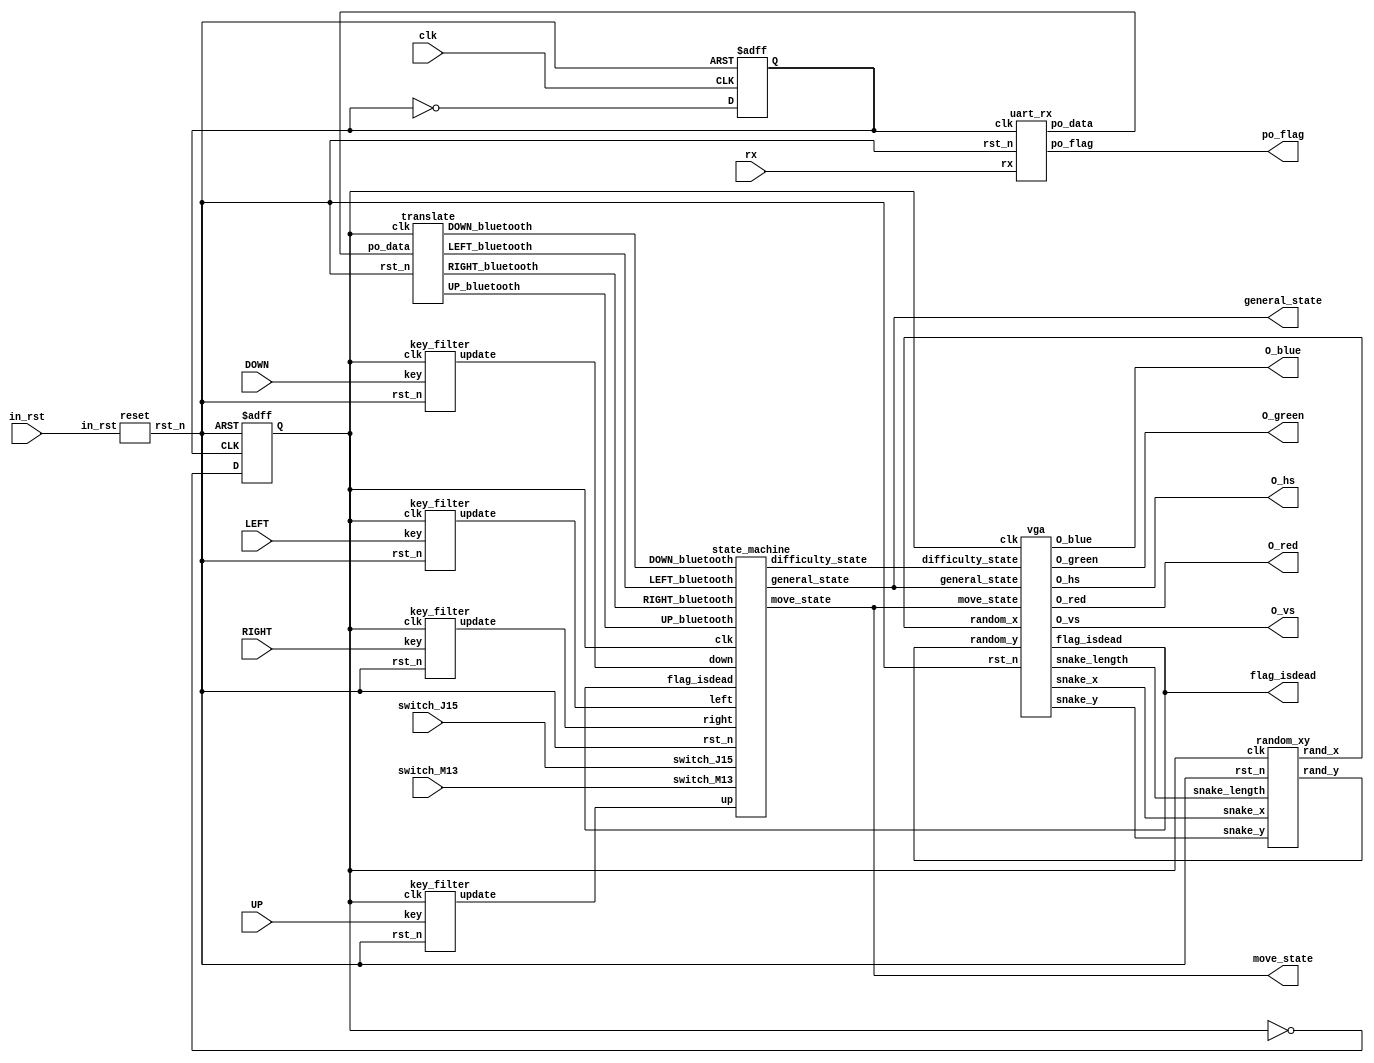
`timescale 1ns / 1ps
//////////////////////////////////////////////////////////////////////////////////
// Company: 
// Engineer: 
// 
// Design Name:  2054169
// Module Name: snake
// Project Name: 
// Target Devices: 
// Tool Versions: 
// Description: 
// 
// Dependencies: 
// 
// Revision:
// Revision 0.01 - File Created
// Additional Comments:
// 
//////////////////////////////////////////////////////////////////////////////////

module snake(
    input clk,
    input UP,
    input DOWN,
    input LEFT,
    input RIGHT,
    input in_rst,
    input switch_J15,
    input switch_M13,
    input rx,//
    output O_hs,
	output O_vs,
    output po_flag,//
    output [4:0] move_state,
    output [1:0] general_state,
    output flag_isdead,
    output [3:0] O_red,// VGA
    output [3:0] O_green,// VGA
    output [3:0] O_blue// VGA
);
reg clk_50M;
reg clk_25M;
parameter LENGTH_MAX = 20;
wire [1:0] difficulty_state;
wire rst_n;
wire UP_ns;
wire DOWN_ns;
wire LEFT_ns;
wire RIGHT_ns;
wire UP_bluetooth;//
wire DOWN_bluetooth;//
wire LEFT_bluetooth;//
wire RIGHT_bluetooth;//
wire [4:0] random_x;
wire [4:0] random_y;
wire [LENGTH_MAX * 10 - 1:0] snake_x;
wire [LENGTH_MAX * 10 - 1:0] snake_y;
wire [9:0] snake_length;
wire [7:0] po_data;//
//25M
always @(posedge clk or negedge rst_n)
begin
    if(!rst_n)
        clk_50M   <=  1'b0        ;
    else
        clk_50M   <=  ~clk_50M  ;     
end

always @(posedge clk_50M or negedge rst_n)
begin
    if(!rst_n)
        clk_25M   <=  1'b0        ;
    else
        clk_25M   <=  ~clk_25M  ;     
end

reset reset_inst(
    .in_rst(in_rst),
    .rst_n(rst_n)
);

key_filter key_filter_left(
    .clk(clk_25M),
    .rst_n(rst_n),
    .key(LEFT),
    .update(LEFT_ns)
);

key_filter key_filter_right(
    .clk(clk_25M),
    .rst_n(rst_n),
    .key(RIGHT),
    .update(RIGHT_ns)
);

key_filter key_filter_up(
    .clk(clk_25M),
    .rst_n(rst_n),
    .key(UP),
    .update(UP_ns)
);

key_filter key_filter_down(
    .clk(clk_25M),
    .rst_n(rst_n),
    .key(DOWN),
    .update(DOWN_ns)
);

state_machine state_machine_inst(
    .clk(clk_25M),
    .rst_n(rst_n),
    .up(UP_ns),
    .down(DOWN_ns),
    .right(RIGHT_ns),
    .left(LEFT_ns),
    .UP_bluetooth(UP_bluetooth),
    .DOWN_bluetooth(DOWN_bluetooth),
    .LEFT_bluetooth(LEFT_bluetooth),
    .RIGHT_bluetooth(RIGHT_bluetooth),
    .switch_J15(switch_J15),
    .switch_M13(switch_M13),
    .flag_isdead(flag_isdead),
    .general_state(general_state),
    .move_state(move_state),
    .difficulty_state(difficulty_state)
);

random_xy random_xy_inst(
    .clk(clk_25M),
    .rst_n(rst_n),
    .rand_x(random_x),
    .rand_y(random_y),
    .snake_x(snake_x),
    .snake_y(snake_y),
    .snake_length(snake_length)
);

vga vga_inst(
    .clk(clk_25M), 
    .rst_n(rst_n), 
    .general_state(general_state),
    .difficulty_state(difficulty_state),
    .move_state(move_state),
    .random_x(random_x),
    .random_y(random_y),
    .O_red(O_red),
    .O_green(O_green),
    .O_blue(O_blue),
    .flag_isdead(flag_isdead),
    .snake_x(snake_x),
    .snake_y(snake_y),
    .snake_length(snake_length),
    .O_hs(O_hs),
    .O_vs(O_vs)
);

uart_rx uart_rx_inst(
    .clk(clk_50M),
    .rst_n(rst_n), //
    .rx(rx),//
    .po_flag(po_flag),//
    .po_data(po_data)//
);

translate translate_inst(
    .clk(clk_25M),
    .rst_n(rst_n),
    .po_data(po_data),
    .UP_bluetooth(UP_bluetooth),
    .DOWN_bluetooth(DOWN_bluetooth),
    .LEFT_bluetooth(LEFT_bluetooth),
    .RIGHT_bluetooth(RIGHT_bluetooth)
);

endmodule

module reset(
    input in_rst,
    output rst_n
);
assign rst_n = (in_rst == 1)?1'b0:1'b1;
endmodule

module state_machine(
    input clk,
    input rst_n,
    input up,
    input down,
    input right,
    input left,
    input UP_bluetooth,
    input DOWN_bluetooth,
    input LEFT_bluetooth,
    input RIGHT_bluetooth, 
    input switch_J15,
    input switch_M13,
    input flag_isdead,
    output reg [1:0] general_state,
    output reg [1:0] difficulty_state,
    output reg [4:0] move_state
);
//??
parameter hard = 2'b00;//1-?
parameter mid = 2'b01;//2-
parameter easy = 2'b10;//3-?

//
parameter start = 2'b00;//
parameter diff_menu = 2'b01;//
parameter game_start = 2'b10;//
parameter gaming = 2'b11;//

//?

parameter stop = 5'b00001;//
parameter face_up = 5'b00010;//
parameter face_down = 5'b00100;//
parameter face_left = 5'b01000;//
parameter face_right = 5'b10000;//

//
always@(posedge clk or negedge rst_n)
begin
    if (!rst_n) begin
        general_state <= start;
    end
    else begin
        case (general_state) 
        start: 
        if (up == 1'b0 && down == 1'b1 && left == 1'b0 && right == 1'b0) begin
            general_state <= diff_menu;
        end
        else if (switch_J15 == 1'b1) begin
            general_state <= game_start;
        end
        else begin
            general_state <= start;
        end

        diff_menu:
        if (up == 1'b1 && down == 1'b0 && left == 1'b0 && right == 1'b0) begin
            general_state <= start;
        end
        else begin
            general_state <= general_state;
        end

        game_start:
        if (up == 1'b0 && down == 1'b0 && left == 1'b0 && right == 1'b1) begin
            //move_state <= face_right;
            general_state <= gaming;
        end
        else begin
            general_state <= game_start;
        end

        gaming:
        if (switch_M13 == 1'b1) begin
            general_state <= game_start;
        end
        else begin
            general_state <= gaming;
        end

        default: general_state <= start;
        endcase
    end
end

//?
always@(posedge clk or negedge rst_n)
begin
    if(!rst_n) begin
        difficulty_state <= easy;
    end
    else if(general_state == diff_menu) begin
        case (difficulty_state)
        easy: 
        if (up == 1'b0 && down == 1'b0 && left == 1'b0 && right == 1'b1) begin
            difficulty_state <= mid;
        end
        else begin
            difficulty_state <= easy;
        end
        
        mid:
        if (up == 1'b0 && down == 1'b0 && left == 1'b1 && right == 1'b0) begin
            difficulty_state <= easy;
        end
        else if(up == 1'b0 && down == 1'b0 && left == 1'b0 && right == 1'b1) begin
            difficulty_state <= hard;
        end
        else begin
            difficulty_state <= mid;
        end

        hard:
        if (up == 1'b0 && down == 1'b0 && left == 1'b1 && right == 1'b0) begin
            difficulty_state <= mid;
        end
        else begin
            difficulty_state <= hard;
        end
        endcase
    end
end

//
always@(posedge clk or negedge rst_n)
begin
    if(!rst_n)
    begin
        move_state<=stop;
    end

    else if(general_state==game_start)
    begin
        move_state<=stop;
    end

    else if(flag_isdead == 1)
    begin
        move_state<=stop;
    end

    else if(general_state==gaming)
    begin
        case(move_state)
	    stop:
        if(RIGHT_bluetooth == 1'b1 && LEFT_bluetooth == 1'b0 && DOWN_bluetooth == 1'b0 && UP_bluetooth == 1'b0)
			move_state <= face_right;
		else if(RIGHT_bluetooth == 1'b0 && LEFT_bluetooth == 1'b1 && DOWN_bluetooth == 1'b0 && UP_bluetooth == 1'b0)
			move_state <= stop;
		else if(RIGHT_bluetooth == 1'b0 && LEFT_bluetooth == 1'b0 && DOWN_bluetooth == 1'b1 && UP_bluetooth == 1'b0)
			move_state <= face_down;
		else if(RIGHT_bluetooth == 1'b0 && LEFT_bluetooth == 1'b0 && DOWN_bluetooth == 1'b0 && UP_bluetooth == 1'b1)
			move_state <= face_up;
        else if(RIGHT_bluetooth == 1'b0 && LEFT_bluetooth == 1'b0 && DOWN_bluetooth == 1'b0 && UP_bluetooth == 1'b0)
            move_state <= stop;
        else 
            move_state <= stop;

	    face_left:
        if(RIGHT_bluetooth == 1'b1 && LEFT_bluetooth == 1'b0 && DOWN_bluetooth == 1'b0 && UP_bluetooth == 1'b0)
			move_state <= face_left;
		else if(RIGHT_bluetooth == 1'b0 && LEFT_bluetooth == 1'b1 && DOWN_bluetooth == 1'b0 && UP_bluetooth == 1'b0)
			move_state <= face_left;
		else if(RIGHT_bluetooth == 1'b0 && LEFT_bluetooth == 1'b0 && DOWN_bluetooth == 1'b1 && UP_bluetooth == 1'b0)
			move_state <= face_down;
		else if(RIGHT_bluetooth == 1'b0 && LEFT_bluetooth == 1'b0 && DOWN_bluetooth == 1'b0 && UP_bluetooth == 1'b1)
			move_state <= face_up;
        else if(RIGHT_bluetooth == 1'b0 && LEFT_bluetooth == 1'b0 && DOWN_bluetooth == 1'b0 && UP_bluetooth == 1'b0)
            move_state <= face_left;
        else 
            move_state <= face_left;

	    face_right:
        if(RIGHT_bluetooth == 1'b1 && LEFT_bluetooth == 1'b0 && DOWN_bluetooth == 1'b0 && UP_bluetooth == 1'b0)
			move_state <= face_right;
		else if(RIGHT_bluetooth == 1'b0 && LEFT_bluetooth == 1'b1 && DOWN_bluetooth == 1'b0 && UP_bluetooth == 1'b0)
			move_state <= face_right;
		else if(RIGHT_bluetooth == 1'b0 && LEFT_bluetooth == 1'b0 && DOWN_bluetooth == 1'b1 && UP_bluetooth == 1'b0)
			move_state <= face_down;
		else if(RIGHT_bluetooth == 1'b0 && LEFT_bluetooth == 1'b0 && DOWN_bluetooth == 1'b0 && UP_bluetooth == 1'b1)
			move_state <= face_up;
        else if(RIGHT_bluetooth == 1'b0 && LEFT_bluetooth == 1'b0 && DOWN_bluetooth == 1'b0 && UP_bluetooth == 1'b0)
            move_state <= face_right;
        else 
            move_state <= face_right;

	    face_up:
        if(RIGHT_bluetooth == 1'b1 && LEFT_bluetooth == 1'b0 && DOWN_bluetooth == 1'b0 && UP_bluetooth == 1'b0)
			move_state <= face_right;
		else if(RIGHT_bluetooth == 1'b0 && LEFT_bluetooth == 1'b1 && DOWN_bluetooth == 1'b0 && UP_bluetooth == 1'b0)
			move_state <= face_left;
		else if(RIGHT_bluetooth == 1'b0 && LEFT_bluetooth == 1'b0 && DOWN_bluetooth == 1'b1 && UP_bluetooth == 1'b0)
			move_state <= face_up;
		else if(RIGHT_bluetooth == 1'b0 && LEFT_bluetooth == 1'b0 && DOWN_bluetooth == 1'b0 && UP_bluetooth == 1'b1)
			move_state <= face_up;
        else if(RIGHT_bluetooth == 1'b0 && LEFT_bluetooth == 1'b0 && DOWN_bluetooth == 1'b0 && UP_bluetooth == 1'b0)
            move_state <= face_up;
        else 
            move_state <= face_up;

	    face_down:
        if(RIGHT_bluetooth == 1'b1 && LEFT_bluetooth == 1'b0 && DOWN_bluetooth == 1'b0 && UP_bluetooth == 1'b0)
			move_state <= face_right;
		else if(RIGHT_bluetooth == 1'b0 && LEFT_bluetooth == 1'b1 && DOWN_bluetooth == 1'b0 && UP_bluetooth == 1'b0)
			move_state <= face_left;
		else if(RIGHT_bluetooth == 1'b0 && LEFT_bluetooth == 1'b0 && DOWN_bluetooth == 1'b1 && UP_bluetooth == 1'b0)
			move_state <= face_down;
		else if(RIGHT_bluetooth == 1'b0 && LEFT_bluetooth == 1'b0 && DOWN_bluetooth == 1'b0 && UP_bluetooth == 1'b1)
			move_state <= face_down;
        else if(RIGHT_bluetooth == 1'b0 && LEFT_bluetooth == 1'b0 && DOWN_bluetooth == 1'b0 && UP_bluetooth == 1'b0)
            move_state <= face_down;
        else 
            move_state <= face_down;

	    default:
            move_state <= stop;

	    endcase
    end
	
end

endmodule

module vga
(
    input clk   , // 100MHz
    input rst_n , // 
    input [1:0] general_state,
    input [1:0] difficulty_state,
    input [4:0] move_state,
    input [4:0] random_x,
    input [4:0] random_y,
    output reg [3:0] O_red,// VGA
    output reg [3:0] O_green,// VGA
    output reg [3:0] O_blue,// VGA
    output reg [199:0] snake_x,
    output reg [199:0] snake_y,
    output reg [9:0] snake_length,
    output O_hs,// VGA?
    output reg flag_isdead,
    output O_vs// VGA?
);
parameter start = 2'b00;//??
parameter diff_menu = 2'b01;//
parameter game_start = 2'b10;//??
parameter gaming = 2'b11;//?

parameter hard = 2'b00;//1-?
parameter mid = 2'b01;//2-
parameter easy = 2'b10;//3-?

parameter length_init = 3;//3
parameter headx_init = 340;//x
parameter heady_init = 240;//y

parameter stop = 5'b00001;//
parameter face_up = 5'b00010;//
parameter face_down = 5'b00100;//
parameter face_left = 5'b01000;//
parameter face_right = 5'b10000;//

parameter square_length = 20;
parameter square_width = 24;

reg [29:0] stay_cnt;//
reg [29:0] interval;//
//reg [9:0] snake_x [19:0];//
//reg [9:0] snake_y [19:0];//
//reg [9:0] snake_length;//

reg[9:0] food_x;//
reg[8:0] food_y;//
reg flag_food;//
wire issnake;//
wire issnake_green;//
wire issnake_blue;//
wire issnake_pink;//
wire isfood;//
wire h_issnake;
wire v_issnake;
wire h_isfood;
wire v_isfood;
wire flag_printnew;//
//reg flag_isdead;//

// 640*480
parameter   C_H_SYNC_PULSE      =   96  , 
            C_H_BACK_PORCH      =   48  ,
            C_H_ACTIVE_TIME     =   640 ,
            C_H_FRONT_PORCH     =   16  ,
            C_H_LINE_PERIOD     =   800 ;

// 640*480               
parameter   C_V_SYNC_PULSE      =   2   , 
            C_V_BACK_PORCH      =   33  ,
            C_V_ACTIVE_TIME     =   480 ,
            C_V_FRONT_PORCH     =   10  ,
            C_V_FRAME_PERIOD    =   525 ;

parameter   h_before = C_H_SYNC_PULSE + C_H_BACK_PORCH;
parameter   h_after = C_H_LINE_PERIOD - C_H_FRONT_PORCH;
parameter   v_before = C_V_SYNC_PULSE + C_V_BACK_PORCH;
parameter   v_after = C_V_FRAME_PERIOD - C_V_FRONT_PORCH;

                
reg [11:0]      R_h_cnt         ; // 
reg [11:0]      R_v_cnt         ; // 
wire            W_active_flag   ; // ?1RGB?

//////////////////////////////////////////////////////////////////
always @(posedge clk or negedge rst_n)
begin
    if(!rst_n)
        R_h_cnt <=  12'd0   ;
    else if(R_h_cnt == C_H_LINE_PERIOD - 1'b1)
        R_h_cnt <=  12'd0   ;
    else
        R_h_cnt <=  R_h_cnt + 1'b1  ;                
end                

assign O_hs =   (R_h_cnt < C_H_SYNC_PULSE) ? 1'b0 : 1'b1    ; 
//////////////////////////////////////////////////////////////////

//////////////////////////////////////////////////////////////////
always @(posedge clk or negedge rst_n)
begin
    if(!rst_n)
        R_v_cnt <=  12'd0   ;
    else if(R_v_cnt == C_V_FRAME_PERIOD - 1'b1)
        R_v_cnt <=  12'd0   ;
    else if(R_h_cnt == C_H_LINE_PERIOD - 1'b1)
        R_v_cnt <=  R_v_cnt + 1'b1  ;
    else
        R_v_cnt <=  R_v_cnt ;                        
end                

assign O_vs =   (R_v_cnt < C_V_SYNC_PULSE) ? 1'b0 : 1'b1    ; 
//////////////////////////////////////////////////////////////////  

assign W_active_flag =  (R_h_cnt >= h_before)  &&
                        (R_h_cnt < h_after)  && 
                        (R_v_cnt >= v_before)  &&
                        (R_v_cnt < v_after);

assign h_issnake = 
    //!flag_isdead &&
    (R_h_cnt >= h_before + snake_x[9:0] && R_h_cnt < h_before + snake_x[9:0] + square_length) ||
    (R_h_cnt >= h_before + snake_x[19:10] && R_h_cnt < h_before + snake_x[19:10] + square_length) ||
    (R_h_cnt >= h_before + snake_x[29:20] && R_h_cnt < h_before + snake_x[29:20] + square_length) ||
    (R_h_cnt >= h_before + snake_x[39:30] && R_h_cnt < h_before + snake_x[39:30] + square_length && snake_length >= 4) ||
    (R_h_cnt >= h_before + snake_x[49:40] && R_h_cnt < h_before + snake_x[49:40] + square_length && snake_length >= 5) ||
    (R_h_cnt >= h_before + snake_x[59:50] && R_h_cnt < h_before + snake_x[59:50] + square_length && snake_length >= 6) ||
    (R_h_cnt >= h_before + snake_x[69:60] && R_h_cnt < h_before + snake_x[69:60] + square_length && snake_length >= 7) ||
    (R_h_cnt >= h_before + snake_x[79:70] && R_h_cnt < h_before + snake_x[79:70] + square_length && snake_length >= 8) ||
    (R_h_cnt >= h_before + snake_x[89:80] && R_h_cnt < h_before + snake_x[89:80] + square_length && snake_length >= 9) ||
    (R_h_cnt >= h_before + snake_x[99:90] && R_h_cnt < h_before + snake_x[99:90] + square_length && snake_length >= 10) ||
    (R_h_cnt >= h_before + snake_x[109:100] && R_h_cnt < h_before + snake_x[109:100] + square_length && snake_length >= 11) ||
    (R_h_cnt >= h_before + snake_x[119:110] && R_h_cnt < h_before + snake_x[119:110] + square_length && snake_length >= 12) ||
    (R_h_cnt >= h_before + snake_x[129:120] && R_h_cnt < h_before + snake_x[129:120] + square_length && snake_length >= 13) || 
    (R_h_cnt >= h_before + snake_x[139:130] && R_h_cnt < h_before + snake_x[139:130] + square_length && snake_length >= 14) || 
    (R_h_cnt >= h_before + snake_x[149:140] && R_h_cnt < h_before + snake_x[149:140] + square_length && snake_length >= 15) || 
    (R_h_cnt >= h_before + snake_x[159:150] && R_h_cnt < h_before + snake_x[159:150] + square_length && snake_length >= 16) || 
    (R_h_cnt >= h_before + snake_x[169:160] && R_h_cnt < h_before + snake_x[169:160] + square_length && snake_length >= 17) || 
    (R_h_cnt >= h_before + snake_x[179:170] && R_h_cnt < h_before + snake_x[179:170] + square_length && snake_length >= 18) || 
    (R_h_cnt >= h_before + snake_x[189:180] && R_h_cnt < h_before + snake_x[189:180] + square_length && snake_length >= 19) || 
    (R_h_cnt >= h_before + snake_x[199:190] && R_h_cnt < h_before + snake_x[199:190] + square_length && snake_length == 20);

assign v_issnake = 
    //!flag_isdead &&
    (R_v_cnt >= v_before + snake_y[9:0] && R_v_cnt < v_before + snake_y[9:0] + square_width) ||
    (R_v_cnt >= v_before + snake_y[19:10] && R_v_cnt < v_before + snake_y[19:10] + square_width) ||
    (R_v_cnt >= v_before + snake_y[29:20] && R_v_cnt < v_before + snake_y[29:20] + square_width) ||
    (R_v_cnt >= v_before + snake_y[39:30] && R_v_cnt < v_before + snake_y[39:30] + square_width && snake_length >= 4) ||
    (R_v_cnt >= v_before + snake_y[49:40] && R_v_cnt < v_before + snake_y[49:40] + square_width && snake_length >= 5) ||
    (R_v_cnt >= v_before + snake_y[59:50] && R_v_cnt < v_before + snake_y[59:50] + square_width && snake_length >= 6) ||
    (R_v_cnt >= v_before + snake_y[69:60] && R_v_cnt < v_before + snake_y[69:60] + square_width && snake_length >= 7) ||
    (R_v_cnt >= v_before + snake_y[79:70] && R_v_cnt < v_before + snake_y[79:70] + square_width && snake_length >= 8) ||
    (R_v_cnt >= v_before + snake_y[89:80] && R_v_cnt < v_before + snake_y[89:80] + square_width && snake_length >= 9) ||
    (R_v_cnt >= v_before + snake_y[99:90] && R_v_cnt < v_before + snake_y[99:90] + square_width && snake_length >= 10) ||
    (R_v_cnt >= v_before + snake_y[109:100] && R_v_cnt < v_before + snake_y[109:100] + square_width && snake_length >= 11) ||
    (R_v_cnt >= v_before + snake_y[119:110] && R_v_cnt < v_before + snake_y[119:110] + square_width && snake_length >= 12) ||
    (R_v_cnt >= v_before + snake_y[129:120] && R_v_cnt < v_before + snake_y[129:120] + square_width && snake_length >= 13) || 
    (R_v_cnt >= v_before + snake_y[139:130] && R_v_cnt < v_before + snake_y[139:130] + square_width && snake_length >= 14) || 
    (R_v_cnt >= v_before + snake_y[149:140] && R_v_cnt < v_before + snake_y[149:140] + square_width && snake_length >= 15) || 
    (R_v_cnt >= v_before + snake_y[159:150] && R_v_cnt < v_before + snake_y[159:150] + square_width && snake_length >= 16) || 
    (R_v_cnt >= v_before + snake_y[169:160] && R_v_cnt < v_before + snake_y[169:160] + square_width && snake_length >= 17) || 
    (R_v_cnt >= v_before + snake_y[179:170] && R_v_cnt < v_before + snake_y[179:170] + square_width && snake_length >= 18) || 
    (R_v_cnt >= v_before + snake_y[189:180] && R_v_cnt < v_before + snake_y[189:180] + square_width && snake_length >= 19) || 
    (R_v_cnt >= v_before + snake_y[199:190] && R_v_cnt < v_before + snake_y[199:190] + square_width && snake_length == 20);

assign issnake = h_issnake && v_issnake;

assign issnake_green = (
 ((R_v_cnt >= v_before + snake_y[9:0] && R_v_cnt < v_before + snake_y[9:0] + square_width)
&&(R_h_cnt >= h_before + snake_x[9:0] && R_h_cnt < h_before + snake_x[9:0] + square_length)) ||
 ((R_v_cnt >= v_before + snake_y[39:30] && R_v_cnt < v_before + snake_y[39:30] + square_width)
&&(R_h_cnt >= h_before + snake_x[39:30] && R_h_cnt < h_before + snake_x[39:30] + square_length)) ||
 ((R_v_cnt >= v_before + snake_y[69:60] && R_v_cnt < v_before + snake_y[69:60] + square_width)
&&(R_h_cnt >= h_before + snake_x[69:60] && R_h_cnt < h_before + snake_x[69:60] + square_length)) ||
 ((R_v_cnt >= v_before + snake_y[99:90] && R_v_cnt < v_before + snake_y[99:90] + square_width)
&&(R_h_cnt >= h_before + snake_x[99:90] && R_h_cnt < h_before + snake_x[99:90] + square_length)) ||
 ((R_v_cnt >= v_before + snake_y[129:120] && R_v_cnt < v_before + snake_y[129:120] + square_width)
&&(R_h_cnt >= h_before + snake_x[129:120] && R_h_cnt < h_before + snake_x[129:120] + square_length)) ||
 ((R_v_cnt >= v_before + snake_y[159:150] && R_v_cnt < v_before + snake_y[159:150] + square_width)
&&(R_h_cnt >= h_before + snake_x[159:150] && R_h_cnt < h_before + snake_x[159:150] + square_length)) ||
 ((R_v_cnt >= v_before + snake_y[189:180] && R_v_cnt < v_before + snake_y[189:180] + square_width)
&&(R_h_cnt >= h_before + snake_x[189:180] && R_h_cnt < h_before + snake_x[189:180] + square_length))
);
assign issnake_blue = (
 ((R_v_cnt >= v_before + snake_y[19:10] && R_v_cnt < v_before + snake_y[19:10] + square_width)
&&(R_h_cnt >= h_before + snake_x[19:10] && R_h_cnt < h_before + snake_x[19:10] + square_length)) ||
 ((R_v_cnt >= v_before + snake_y[49:40] && R_v_cnt < v_before + snake_y[49:40] + square_width)
&&(R_h_cnt >= h_before + snake_x[49:40] && R_h_cnt < h_before + snake_x[49:40] + square_length)) ||
 ((R_v_cnt >= v_before + snake_y[79:70] && R_v_cnt < v_before + snake_y[79:70] + square_width)
&&(R_h_cnt >= h_before + snake_x[79:70] && R_h_cnt < h_before + snake_x[79:70] + square_length)) ||
 ((R_v_cnt >= v_before + snake_y[109:100] && R_v_cnt < v_before + snake_y[109:100] + square_width)
&&(R_h_cnt >= h_before + snake_x[109:100] && R_h_cnt < h_before + snake_x[109:100] + square_length)) ||
 ((R_v_cnt >= v_before + snake_y[139:130] && R_v_cnt < v_before + snake_y[139:130] + square_width)
&&(R_h_cnt >= h_before + snake_x[139:130] && R_h_cnt < h_before + snake_x[139:130] + square_length)) ||
 ((R_v_cnt >= v_before + snake_y[169:160] && R_v_cnt < v_before + snake_y[169:160] + square_width)
&&(R_h_cnt >= h_before + snake_x[169:160] && R_h_cnt < h_before + snake_x[169:160] + square_length)) ||
 ((R_v_cnt >= v_before + snake_y[199:190] && R_v_cnt < v_before + snake_y[199:190] + square_width)
&&(R_h_cnt >= h_before + snake_x[199:190] && R_h_cnt < h_before + snake_x[199:190] + square_length))
);
assign issnake_pink = (
 ((R_v_cnt >= v_before + snake_y[29:20] && R_v_cnt < v_before + snake_y[29:20] + square_width)
&&(R_h_cnt >= h_before + snake_x[29:20] && R_h_cnt < h_before + snake_x[29:20] + square_length)) ||
 ((R_v_cnt >= v_before + snake_y[59:50] && R_v_cnt < v_before + snake_y[59:50] + square_width)
&&(R_h_cnt >= h_before + snake_x[59:50] && R_h_cnt < h_before + snake_x[59:50] + square_length)) ||
 ((R_v_cnt >= v_before + snake_y[89:80] && R_v_cnt < v_before + snake_y[89:80] + square_width)
&&(R_h_cnt >= h_before + snake_x[89:80] && R_h_cnt < h_before + snake_x[89:80] + square_length)) ||
 ((R_v_cnt >= v_before + snake_y[119:110] && R_v_cnt < v_before + snake_y[119:110] + square_width)
&&(R_h_cnt >= h_before + snake_x[119:110] && R_h_cnt < h_before + snake_x[119:110] + square_length)) ||
 ((R_v_cnt >= v_before + snake_y[149:140] && R_v_cnt < v_before + snake_y[149:140] + square_width)
&&(R_h_cnt >= h_before + snake_x[149:140] && R_h_cnt < h_before + snake_x[149:140] + square_length)) ||
 ((R_v_cnt >= v_before + snake_y[179:170] && R_v_cnt < v_before + snake_y[179:170] + square_width)
&&(R_h_cnt >= h_before + snake_x[179:170] && R_h_cnt < h_before + snake_x[179:170] + square_length))
);


assign h_isfood = (R_h_cnt >= h_before + food_x) && (R_h_cnt < h_before + food_x + square_length);
assign v_isfood = (R_v_cnt >= v_before + food_y) && (R_v_cnt < v_before + food_y + square_width);
assign isfood = h_isfood && v_isfood;

always @(posedge clk or negedge rst_n)
begin
    if(!rst_n) 
    begin  
        O_red   <=  4'b0000;
        O_green <=  4'b0000;
        O_blue  <=  4'b0000; 
    end
    else if(W_active_flag)
    begin
        case (general_state) 
        start:
        begin
            O_red   <=  4'b0000;
            O_green <=  4'b0000;
            O_blue  <=  4'b0000; 
        end

        diff_menu:
        begin
            case (difficulty_state) 
            easy:
            begin
            if (R_v_cnt >= v_before + 220 && R_v_cnt < v_before + 260) 
            begin
                if (R_h_cnt >= h_before + 220 && R_h_cnt < h_before + 260) 
                begin
                    O_red   <=  4'b0000;
                    O_green <=  4'b0000;
                    O_blue  <=  4'b0000; 
                end//end of if11
                else if(R_h_cnt >= h_before + 300 && R_h_cnt < h_before + 340
                     || R_h_cnt >= h_before + 380 && R_h_cnt < h_before + 420) 
                begin
                    O_red   <=  4'b0000;
                    O_green <=  4'b0000;
                    O_blue  <=  4'b1111;
                end//end of else if11
                else begin
                    O_red   <=  4'b1111;
                    O_green <=  4'b1111;
                    O_blue  <=  4'b1111; 
                end//end of else1
            end//end of if21
            else
            begin
                O_red   <=  4'b1111;
                O_green <=  4'b1111;
                O_blue  <=  4'b1111;  
            end//end of else 21
            end//end of easy
            
            mid:
            begin
            if (R_v_cnt >= v_before + 220 && R_v_cnt < v_before + 260) 
            begin
                if (R_h_cnt >= h_before + 300 && R_h_cnt < h_before + 340) 
                begin
                    O_red   <=  4'b0000;
                    O_green <=  4'b0000;
                    O_blue  <=  4'b0000; 
                end//end of if11
                else if(R_h_cnt >= h_before + 220 && R_h_cnt < h_before + 260
                     || R_h_cnt >= h_before + 380 && R_h_cnt < h_before + 420) 
                begin
                    O_red   <=  4'b0000;
                    O_green <=  4'b0000;
                    O_blue  <=  4'b1111;
                end//end of else if11
                else begin
                    O_red   <=  4'b1111;
                    O_green <=  4'b1111;
                    O_blue  <=  4'b1111; 
                end//end of else1
            end//end of if21
            else   
            begin           
                O_red   <=  4'b1111;
                O_green <=  4'b1111;
                O_blue  <=  4'b1111;  
            end
            end//end of mid

            hard:
            begin
            if (R_v_cnt >= v_before + 220 && R_v_cnt < v_before + 260) 
            begin
                if (R_h_cnt >= h_before + 380 && R_h_cnt < h_before + 420) 
                begin
                    O_red   <=  4'b0000;
                    O_green <=  4'b0000;
                    O_blue  <=  4'b0000; 
                end
                else if(R_h_cnt >= h_before + 300 && R_h_cnt < h_before + 340
                     || R_h_cnt >= h_before + 220 && R_h_cnt < h_before + 260) 
                begin
                    O_red   <=  4'b0000;
                    O_green <=  4'b0000;
                    O_blue  <=  4'b1111;
                end
                else begin
                    O_red   <=  4'b1111;
                    O_green <=  4'b1111;
                    O_blue  <=  4'b1111; 
                end
            end
            else
            begin           
                O_red   <=  4'b1111;
                O_green <=  4'b1111;
                O_blue  <=  4'b1111;  
            end
            end//end of hard
            endcase
        end

        game_start:
        begin
            if
            (
            (R_h_cnt >= h_before + snake_x[9:0] && R_h_cnt < h_before + snake_x[9:0] + square_length
            && R_v_cnt >= v_before + snake_y[9:0] && R_v_cnt < v_before + snake_y[9:0] + square_width)
            ||(R_h_cnt >= h_before + snake_x[19:10] && R_h_cnt < h_before + snake_x[19:10] + square_length
            && R_v_cnt >= v_before + snake_y[19:10] && R_v_cnt < v_before + snake_y[19:10] + square_width)
            ||(R_h_cnt >= h_before + snake_x[29:20] && R_h_cnt < h_before + snake_x[29:20] + square_length
            && R_v_cnt >= v_before + snake_y[29:20] && R_v_cnt < v_before + snake_y[29:20] + square_width)
            ) 
            begin
                O_red   <=  4'b0000;
                O_green <=  4'b1111;
                O_blue  <=  4'b0000;
            end
            else
            begin
                O_red   <=  4'b1111;
                O_green <=  4'b1111;
                O_blue  <=  4'b1111;
            end
        end

        gaming:
        begin
            if (isfood == 1) 
            begin
                O_red   <=  4'b1111;
                O_green <=  4'b0000;
                O_blue  <=  4'b0000;
            end
            
            else if(issnake_green == 1 && issnake == 1)
            begin
                O_red   <=  4'b0000;
                O_green <=  4'b1111;
                O_blue  <=  4'b0000;
            end
            else if(issnake_blue == 1 && issnake == 1)
            begin
                O_red   <=  4'b0000;
                O_green <=  4'b0000;
                O_blue  <=  4'b1111;
            end
            else if(issnake_pink == 1 && issnake == 1)
            begin
                O_red   <=  4'b1111;
                O_green <=  4'b0000;
                O_blue  <=  4'b1111;
            end
            
            else 
            begin
                O_red   <=  4'b1111;
                O_green <=  4'b1111;
                O_blue  <=  4'b1111;
            end
        end

        default: 
        begin
            O_red   <=  4'b0000;
            O_green <=  4'b0000;
            O_blue  <=  4'b0000; 
        end
        endcase
        
    end
    
    else
        begin
            O_red   <=  4'b0000;
            O_green <=  4'b0000;
            O_blue  <=  4'b0000; 
        end   
    
end

//pause
always@(posedge clk or negedge rst_n)
if (!rst_n)
	stay_cnt <= 0;
else if(general_state == game_start)
    stay_cnt <= 0;
else if (stay_cnt < interval - 1 && general_state == gaming && move_state != stop)
	stay_cnt <= stay_cnt + 1'b1;
else if (stay_cnt == interval - 1 && general_state == gaming && move_state != stop)
	stay_cnt <= 0;

assign flag_printnew = (stay_cnt == interval - 1)?1'b1:1'b0;

//
always@(posedge clk or negedge rst_n)
if (!rst_n)
	interval <= 2000_0000;//0.8s
else if (difficulty_state == easy && general_state == diff_menu)
	interval <= 2000_0000;//0.8s
else if (difficulty_state == mid && general_state == diff_menu)
	interval <= 1000_0000;//0.4s
else if (difficulty_state == hard && general_state == diff_menu)
	interval <= 500_0000;//0.2s
else
    interval <= interval;

//
always@(posedge clk or negedge rst_n)
if(!rst_n)
	snake_length <= length_init;
else if(general_state == game_start)
	snake_length <= length_init;
else if(flag_food==1)
	snake_length <= snake_length+1;
else if(snake_length==20)
    snake_length <= snake_length;
else
    snake_length <= snake_length;

//
always@(posedge clk or negedge rst_n)
if(!rst_n)
	flag_food <= 0;
else if(food_x == snake_x[9:0] && food_y == snake_y[9:0] && general_state == gaming)
	flag_food <= 1;
else 
	flag_food <= 0;

//
always@(posedge clk or negedge rst_n)
if(!rst_n)
	food_x <= 0;
else if(flag_food == 1)
	food_x <= random_x * square_length;
else if(general_state==game_start)
	food_x <= random_x * square_length;

//
always@(posedge clk or negedge rst_n)
if(!rst_n)
	food_y <= 0;
else if(flag_food == 1)
	food_y <= random_y * square_width;
else if(general_state==game_start)
	food_y <= random_y * square_width;

//
always@(posedge clk or negedge rst_n)
if (!rst_n)
	flag_isdead <= 0;
else if(general_state == game_start)
	flag_isdead <= 0;
else if(flag_isdead == 0)
begin
	if (snake_x[9:0]<0 || snake_x[9:0]>640 - square_length || snake_y[9:0]<0 || snake_y[9:0]>480 - square_width)
		flag_isdead <= 1;
    
	else if (snake_x[9:0]==snake_x[19:10] && snake_y[9:0]==snake_y[19:10])
		flag_isdead <= 1;
	else if (snake_x[9:0]==snake_x[29:20] && snake_y[9:0]==snake_y[29:20])
		flag_isdead <= 1;
    
	else if (snake_x[9:0]==snake_x[39:30] && snake_y[9:0]==snake_y[39:30] && snake_length >= 4)
		flag_isdead <= 1;
	else if (snake_x[9:0]==snake_x[49:40] && snake_y[9:0]==snake_y[49:40] && snake_length >= 5)
		flag_isdead <= 1;
	else if (snake_x[9:0]==snake_x[59:50] && snake_y[9:0]==snake_y[59:50] && snake_length >= 6)
		flag_isdead <= 1;
	else if (snake_x[9:0]==snake_x[69:60] && snake_y[9:0]==snake_y[69:60] && snake_length >= 7)
		flag_isdead <= 1;
    else if (snake_x[9:0]==snake_x[79:70] && snake_y[9:0]==snake_y[79:70] && snake_length >= 8)
		flag_isdead <= 1;
	else if (snake_x[9:0]==snake_x[89:80] && snake_y[9:0]==snake_y[89:80] && snake_length >= 9)
		flag_isdead <= 1;
	else if (snake_x[9:0]==snake_x[99:90] && snake_y[9:0]==snake_y[99:90] && snake_length >= 10)
		flag_isdead <= 1;
	else if (snake_x[9:0]==snake_x[109:100] && snake_y[9:0]==snake_y[109:100] && snake_length >= 11)
		flag_isdead <= 1;
	else if (snake_x[9:0]==snake_x[119:110] && snake_y[9:0]==snake_y[119:110] && snake_length >= 12)
		flag_isdead <= 1;
	else if (snake_x[9:0]==snake_x[129:120] && snake_y[9:0]==snake_y[129:120] && snake_length >= 13)
		flag_isdead <= 1;
	else if (snake_x[9:0]==snake_x[139:130] && snake_y[9:0]==snake_y[139:130] && snake_length >= 14)
		flag_isdead <= 1;
	else if (snake_x[9:0]==snake_x[149:140] && snake_y[9:0]==snake_y[149:140] && snake_length >= 15)
		flag_isdead <= 1;
    else if (snake_x[9:0]==snake_x[159:150] && snake_y[9:0]==snake_y[159:150] && snake_length >= 16)
		flag_isdead <= 1;
	else if (snake_x[9:0]==snake_x[169:160] && snake_y[9:0]==snake_y[169:160] && snake_length >= 17)
		flag_isdead <= 1;
	else if (snake_x[9:0]==snake_x[179:170] && snake_y[9:0]==snake_y[179:170] && snake_length >= 18)
		flag_isdead <= 1;
	else if (snake_x[9:0]==snake_x[189:180] && snake_y[9:0]==snake_y[189:180] && snake_length >= 19)
		flag_isdead <= 1;
	else if (snake_x[9:0]==snake_x[199:190] && snake_y[9:0]==snake_y[199:190] && snake_length >= 20)
		flag_isdead <= 1;
	else
		flag_isdead <= 0;
end

//
always@(posedge clk or negedge rst_n)
if(!rst_n) 
begin
    snake_x[9:0] <= headx_init;                     snake_y[9:0] <= heady_init;

    snake_x[19:10] <= headx_init - square_length;   snake_y[19:10] = heady_init;
    snake_x[29:20] <= headx_init - 2*square_length; snake_y[29:20] <= heady_init;
    snake_x[39:30] <= 0; snake_y[39:30] <= 0;
    snake_x[49:40] <= 0; snake_y[49:40] <= 0;
    snake_x[59:50] <= 0; snake_y[59:50] <= 0;
    snake_x[69:60] <= 0; snake_y[69:60] <= 0;
    snake_x[79:70] <= 0; snake_y[79:70] <= 0;
    snake_x[89:80] <= 0; snake_y[89:80] <= 0;
    snake_x[99:90] <= 0; snake_y[99:90] <= 0;
    snake_x[109:100] <= 0; snake_y[109:100] <= 0;
    snake_x[119:110] <= 0; snake_y[119:110] <= 0;
    snake_x[129:120] <= 0; snake_y[129:120] <= 0;
    snake_x[139:130] <= 0; snake_y[139:130] <= 0;
    snake_x[149:140] <= 0; snake_y[149:140] <= 0;
    snake_x[159:150] <= 0; snake_y[159:150] <= 0;
    snake_x[169:160] <= 0; snake_y[169:160] <= 0;
    snake_x[179:170] <= 0; snake_y[179:170] <= 0;
    snake_x[189:180] <= 0; snake_y[189:180] <= 0;
    snake_x[199:190] <= 0; snake_y[199:190] <= 0;
end
else if (general_state == game_start) 
begin
    snake_x[9:0] <= headx_init;                     snake_y[9:0] <= heady_init;

    snake_x[19:10] <= headx_init - square_length;   snake_y[19:10] = heady_init;
    snake_x[29:20] <= headx_init - 2*square_length; snake_y[29:20] <= heady_init;
    snake_x[39:30] <= 0; snake_y[39:30] <= 0;
    snake_x[49:40] <= 0; snake_y[49:40] <= 0;
    snake_x[59:50] <= 0; snake_y[59:50] <= 0;
    snake_x[69:60] <= 0; snake_y[69:60] <= 0;
    snake_x[79:70] <= 0; snake_y[79:70] <= 0;
    snake_x[89:80] <= 0; snake_y[89:80] <= 0;
    snake_x[99:90] <= 0; snake_y[99:90] <= 0;
    snake_x[109:100] <= 0; snake_y[109:100] <= 0;
    snake_x[119:110] <= 0; snake_y[119:110] <= 0;
    snake_x[129:120] <= 0; snake_y[129:120] <= 0;
    snake_x[139:130] <= 0; snake_y[139:130] <= 0;
    snake_x[149:140] <= 0; snake_y[149:140] <= 0;
    snake_x[159:150] <= 0; snake_y[159:150] <= 0;
    snake_x[169:160] <= 0; snake_y[169:160] <= 0;
    snake_x[179:170] <= 0; snake_y[179:170] <= 0;
    snake_x[189:180] <= 0; snake_y[189:180] <= 0;
    snake_x[199:190] <= 0; snake_y[199:190] <= 0;
end
else if(move_state == stop)
begin
    snake_x[9:0] <= snake_x[9:0]; 
    snake_y[9:0] <= snake_y[9:0];
    snake_x[19:10] <= snake_x[19:10]; 
    snake_y[19:10] <= snake_y[19:10];
    snake_x[29:20] <= snake_x[29:20]; 
    snake_y[29:20] <= snake_y[29:20];
    snake_x[39:30] <= snake_x[39:30]; 
    snake_y[39:30] <= snake_y[39:30];
    snake_x[49:40] <= snake_x[49:40]; 
    snake_y[49:40] <= snake_y[49:40];
    snake_x[59:50] <= snake_x[59:50]; 
    snake_y[59:50] <= snake_y[59:50];
    snake_x[69:60] <= snake_x[69:60]; 
    snake_y[69:60] <= snake_y[69:60];
    snake_x[79:70] <= snake_x[79:70]; 
    snake_y[79:70] <= snake_y[79:70];
    snake_x[89:80] <= snake_x[89:80]; 
    snake_y[89:80] <= snake_y[89:80];
    snake_x[99:90] <= snake_x[99:90]; 
    snake_y[99:90] <= snake_y[99:90];
    snake_x[109:100] <= snake_x[109:100]; 
    snake_y[109:100] <= snake_y[109:100];
    snake_x[119:110] <= snake_x[119:110]; 
    snake_y[119:110] <= snake_y[119:110];
    snake_x[129:120] <= snake_x[129:120]; 
    snake_y[129:120] <= snake_y[129:120];
    snake_x[139:130] <= snake_x[139:130]; 
    snake_y[139:130] <= snake_y[139:130];
    snake_x[149:140] <= snake_x[149:140]; 
    snake_y[149:140] <= snake_y[149:140];
    snake_x[159:150] <= snake_x[159:150]; 
    snake_y[159:150] <= snake_y[159:150];
    snake_x[169:160] <= snake_x[169:160];
    snake_y[169:160] <= snake_y[169:160];
    snake_x[179:170] <= snake_x[179:170]; 
    snake_y[179:170] <= snake_y[179:170];
    snake_x[189:180] <= snake_x[189:180]; 
    snake_y[189:180] <= snake_y[189:180];
    snake_x[199:190] <= snake_x[199:190]; 
    snake_y[199:190] <= snake_y[199:190];
end
else if(flag_printnew == 1 && move_state != stop && general_state == gaming)
begin
    case (move_state)
        face_right:
        begin  
            snake_x[9:0] <= snake_x[9:0] + square_length;
            snake_y[9:0] <= snake_y[9:0];
        end

        face_left: 
        begin
            snake_x[9:0] <= snake_x[9:0] - square_length;
            snake_y[9:0] <= snake_y[9:0];
        end

        face_up:
        begin
            snake_y[9:0] <= snake_y[9:0] - square_width;
            snake_x[9:0] <= snake_x[9:0];
        end

        face_down:
        begin
            snake_y[9:0] <= snake_y[9:0] + square_width;
            snake_x[9:0] <= snake_x[9:0];
        end
    endcase
    snake_x[19:10] <= snake_x[9:0]; snake_y[19:10] <= snake_y[9:0];
    snake_x[29:20] <= snake_x[19:10]; snake_y[29:20] <= snake_y[19:10];
    snake_x[39:30] <= snake_x[29:20]; snake_y[39:30] <= snake_y[29:20];
    snake_x[49:40] <= snake_x[39:30]; snake_y[49:40] <= snake_y[39:30];
    snake_x[59:50] <= snake_x[49:40]; snake_y[59:50] <= snake_y[49:40];
    snake_x[69:60] <= snake_x[59:50]; snake_y[69:60] <= snake_y[59:50];
    snake_x[79:70] <= snake_x[69:60]; snake_y[79:70] <= snake_y[69:60];
    snake_x[89:80] <= snake_x[79:70]; snake_y[89:80] <= snake_y[79:70];
    snake_x[99:90] <= snake_x[89:80]; snake_y[99:90] <= snake_y[89:80];
    snake_x[109:100] <= snake_x[99:90]; snake_y[109:100] <= snake_y[99:90];
    snake_x[119:110] <= snake_x[109:100]; snake_y[119:110] <= snake_y[109:100];
    snake_x[129:120] <= snake_x[119:110]; snake_y[129:120] <= snake_y[119:110];
    snake_x[139:130] <= snake_x[129:120]; snake_y[139:130] <= snake_y[129:120];
    snake_x[149:140] <= snake_x[139:130]; snake_y[149:140] <= snake_y[139:130];
    snake_x[159:150] <= snake_x[149:140]; snake_y[159:150] <= snake_y[149:140];
    snake_x[169:160] <= snake_x[159:150]; snake_y[169:160] <= snake_y[159:150];
    snake_x[179:170] <= snake_x[169:160]; snake_y[179:170] <= snake_y[169:160];
    snake_x[189:180] <= snake_x[179:170]; snake_y[189:180] <= snake_y[179:170];
    snake_x[199:190] <= snake_x[189:180]; snake_y[199:190] <= snake_y[189:180];
end

endmodule


module key_filter(
    input clk,
    input rst_n,
    input key,
    output reg update
);
parameter cnt_max = 20'd999_999;
reg[19:0]	cnt;

always@(posedge clk or negedge rst_n)
begin
if(!rst_n)
	cnt <= 0;
else if (key == 1'b1)
	cnt <= 0;
else if (cnt == cnt_max)
	cnt <= cnt_max;
else
	cnt <= cnt+1'b1;
end

always@(posedge clk or negedge rst_n)
if(!rst_n)
	update <= 0;
else if (cnt == cnt_max - 1)
    update <= 1;
else 
    update <= 0;
endmodule


module random_xy(
    input clk,				
    input rst_n,
    input [199:0] snake_x,
    input [199:0] snake_y,
    input [9:0] snake_length,
    output reg [4:0] rand_x,				//;
    output reg [4:0] rand_y
);
parameter square_length = 20;
parameter square_width = 24;
wire snake_coincide_rand;
assign snake_coincide_rand = (
(rand_x * square_length == snake_x[9:0] && rand_y * square_width == snake_y[9:0]) ||
(rand_x * square_length == snake_x[19:10] && rand_y * square_width == snake_y[19:10]) ||
(rand_x * square_length == snake_x[29:20] && rand_y * square_width == snake_y[29:20]) ||
(rand_x * square_length == snake_x[39:30] && rand_y * square_width == snake_y[39:30] && snake_length >= 4) ||
(rand_x * square_length == snake_x[49:40] && rand_y * square_width == snake_y[49:40] && snake_length >= 5) ||
(rand_x * square_length == snake_x[59:50] && rand_y * square_width == snake_y[59:50] && snake_length >= 6) ||
(rand_x * square_length == snake_x[69:60] && rand_y * square_width == snake_y[69:60] && snake_length >= 7) ||
(rand_x * square_length == snake_x[79:70] && rand_y * square_width == snake_y[79:70] && snake_length >= 8) ||
(rand_x * square_length == snake_x[89:80] && rand_y * square_width == snake_y[89:80] && snake_length >= 9) ||
(rand_x * square_length == snake_x[99:90] && rand_y * square_width == snake_y[99:90] && snake_length >= 10) ||
(rand_x * square_length == snake_x[109:100] && rand_y * square_width == snake_y[109:100] && snake_length >= 11) ||
(rand_x * square_length == snake_x[119:110] && rand_y * square_width == snake_y[119:110] && snake_length >= 12) ||
(rand_x * square_length == snake_x[129:120] && rand_y * square_width == snake_y[129:120] && snake_length >= 13) ||
(rand_x * square_length == snake_x[139:130] && rand_y * square_width == snake_y[139:130] && snake_length >= 14) ||
(rand_x * square_length == snake_x[149:140] && rand_y * square_width == snake_y[149:140] && snake_length >= 15) ||
(rand_x * square_length == snake_x[159:150] && rand_y * square_width == snake_y[159:150] && snake_length >= 16) ||
(rand_x * square_length == snake_x[169:160] && rand_y * square_width == snake_y[169:160] && snake_length >= 17) ||
(rand_x * square_length == snake_x[179:170] && rand_y * square_width == snake_y[179:170] && snake_length >= 18) ||
(rand_x * square_length == snake_x[189:180] && rand_y * square_width == snake_y[189:180] && snake_length >= 19) ||
(rand_x * square_length == snake_x[199:190] && rand_y * square_width == snake_y[199:190] && snake_length == 20)
);
//x
always@(posedge clk or negedge rst_n)
if (!rst_n)
	rand_x <= 0;
else
begin
    if (snake_coincide_rand == 1)
        rand_x <= 0;
    else
    begin
        if (rand_x == 31)
	        rand_x <= 0;
        else
	        rand_x <= rand_x+1;
    end

end
//y
always@(posedge clk or negedge rst_n)
if (!rst_n)
	rand_y <= 0;
else
begin
    if (snake_coincide_rand == 1)
        rand_y <= 0;
    else
    begin
        if (rand_y == 19 && rand_x == 31)
	        rand_y <= 0;
        else if (rand_x == 31)
	        rand_y <= rand_y+1;  
    end
end

endmodule 

//
module uart_rx(
    input clk,   //50MHz
    input rst_n, //
    input rx,//
    output reg po_flag,//
    output UP_bluetooth,
    output DOWN_bluetooth,
    output LEFT_bluetooth,
    output RIGHT_bluetooth,
    output reg [7:0] po_data//8bit
);

localparam   UART_BPS    = 9600;//
localparam   CLK_FREQ    = 50_000_000;//
localparam  BAUD_CNT_MAX = CLK_FREQ/UART_BPS;

reg         rx_reg1     ;
reg         rx_reg2     ;
reg         rx_reg3     ;
reg         start_nedge ;
reg         work_en     ;
reg [12:0]  baud_cnt    ;
reg         bit_flag    ;
reg [3:0]   bit_cnt     ;
reg [7:0]   rx_data     ;
reg         rx_flag     ;

always@(posedge clk or negedge rst_n)
    if(!rst_n)
        rx_reg1 <= 1'b1;
    else
        rx_reg1 <= rx;

//rx_reg2:1
always@(posedge clk or negedge rst_n)
    if(!rst_n)
        rx_reg2 <= 1'b1;
    else
        rx_reg2 <= rx_reg1;

//rx_reg3:
always@(posedge clk or negedge rst_n)
    if(!rst_n)
        rx_reg3 <= 1'b1;
    else
        rx_reg3 <= rx_reg2;

//start_nedge:start_nedge
always@(posedge clk or negedge rst_n)
    if(!rst_n)
        start_nedge <= 1'b0;
    else    if((~rx_reg2) && (rx_reg3))
        start_nedge <= 1'b1;
    else
        start_nedge <= 1'b0;

//work_en:
always@(posedge clk or negedge rst_n)
    if(!rst_n)
        work_en <= 1'b0;
    else    if(start_nedge == 1'b1)
        work_en <= 1'b1;
    else    if((bit_cnt == 4'd8) && (bit_flag == 1'b1))
        work_en <= 1'b0;

//baud_cnt:0BAUD_CNT_MAX - 1
always@(posedge clk or negedge rst_n)
    if(!rst_n)
        baud_cnt <= 13'b0;
    else    if((baud_cnt == BAUD_CNT_MAX - 1) || (work_en == 1'b0))
        baud_cnt <= 13'b0;
    else    if(work_en == 1'b1)
        baud_cnt <= baud_cnt + 1'b1;

//bit_flag:baud_cnt
//
always@(posedge clk or negedge rst_n)
    if(!rst_n)
        bit_flag <= 1'b0;
    else    if(baud_cnt == BAUD_CNT_MAX/2 - 1)
        bit_flag <= 1'b1;
    else
        bit_flag <= 1'b0;

//bit_cnt:8
//
always@(posedge clk or negedge rst_n)
    if(!rst_n)
        bit_cnt <= 4'b0;
    else    if((bit_cnt == 4'd8) && (bit_flag == 1'b1))
        bit_cnt <= 4'b0;
     else    if(bit_flag ==1'b1)
         bit_cnt <= bit_cnt + 1'b1;

//rx_data:
always@(posedge clk or negedge rst_n)
    if(!rst_n)
        rx_data <= 8'b0;
    else    if((bit_cnt >= 4'd1)&&(bit_cnt <= 4'd8)&&(bit_flag == 1'b1))
        rx_data <= {rx_reg3, rx_data[7:1]};

//rx_flag:rx_flag
always@(posedge clk or negedge rst_n)
    if(!rst_n)
        rx_flag <= 1'b0;
    else    if((bit_cnt == 4'd8) && (bit_flag == 1'b1))
        rx_flag <= 1'b1;
    else
        rx_flag <= 1'b0;

//po_data:8
always@(posedge clk or negedge rst_n)
    if(!rst_n)
        po_data <= 8'b0;
    else    if(rx_flag == 1'b1)
        po_data <= rx_data;

//po_flag:rx_flagpo_data
always@(posedge clk or negedge rst_n)
    if(!rst_n)
        po_flag <= 1'b0;
    else
        po_flag <= rx_flag;

endmodule

module translate(
    input clk,
    input rst_n,
    input [7:0] po_data,
    output reg UP_bluetooth,
    output reg DOWN_bluetooth,
    output reg LEFT_bluetooth,
    output reg RIGHT_bluetooth    
);
always@(posedge clk or negedge rst_n)
if (!rst_n)
begin
    UP_bluetooth = 0;
    DOWN_bluetooth = 0;
    LEFT_bluetooth = 0;
    RIGHT_bluetooth = 0;
end
else
begin
    case (po_data)
    8'h01:
    begin
        UP_bluetooth = 1;
        //DOWN_bluetooth = 0;
        //LEFT_bluetooth = 0;
        //RIGHT_bluetooth = 0;
    end
    8'h02:
    begin
        //UP_bluetooth = 0;
        DOWN_bluetooth = 1;
        //LEFT_bluetooth = 0;
        //RIGHT_bluetooth = 0;
    end
    8'h03:
    begin
        //UP_bluetooth = 0;
        //DOWN_bluetooth = 0;
        LEFT_bluetooth = 1;
        //RIGHT_bluetooth = 0;
    end
    8'h04:
    begin
        //UP_bluetooth = 0;
        //DOWN_bluetooth = 0;
        //LEFT_bluetooth = 0;
        RIGHT_bluetooth = 1;
    end
    8'hf1:
    begin
        UP_bluetooth = 0;
        //DOWN_bluetooth = 0;
        //LEFT_bluetooth = 0;
        //RIGHT_bluetooth = 0;
    end
    8'hf2:
    begin
        //UP_bluetooth = 0;
        DOWN_bluetooth = 0;
        //LEFT_bluetooth = 0;
        //RIGHT_bluetooth = 0;
    end
    8'hf3:
    begin
        //UP_bluetooth = 0;
        //DOWN_bluetooth = 0;
        LEFT_bluetooth = 0;
        //RIGHT_bluetooth = 0;
    end
    8'hf4:
    begin
        //UP_bluetooth = 0;
        //DOWN_bluetooth = 0;
        //LEFT_bluetooth = 0;
        RIGHT_bluetooth = 0;
    end
    
    default:
    begin
        UP_bluetooth = 0;
        DOWN_bluetooth = 0;
        LEFT_bluetooth = 0;
        RIGHT_bluetooth = 0;
    end
    endcase
end
endmodule